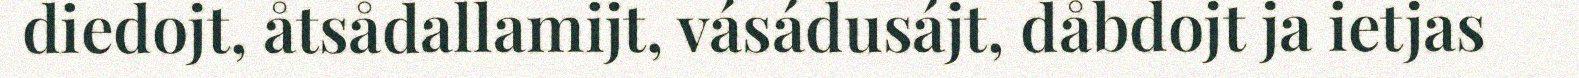
diedojt, åtsådallamijt, vásádusájt, dåbdojt ja ietjas